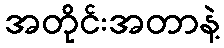
အတိုင်းအတာနဲ့